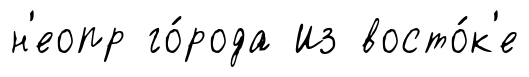
н'еопр го́рода Из восто́к'е